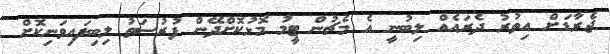
ޖެރާޑަށް އިތުރު ދެރައެއް ލިބުނީ އެ މެޗުން ޓީމު މޮޅުކޮށްދޭން ފުރުސަތު ލިބިފައިވަނިކޮށް